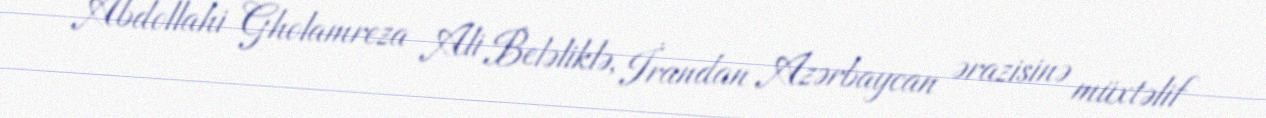
Abdollahi Gholamreza Ali Beləliklə, İrandan Azərbaycan ərazisinə müxtəlif